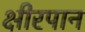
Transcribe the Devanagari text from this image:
क्षीरपान